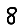
Digit: 8